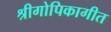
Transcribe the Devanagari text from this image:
श्रीगोपिकागीत